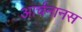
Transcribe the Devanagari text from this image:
आर्चनानस